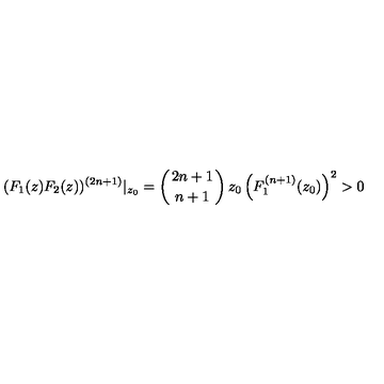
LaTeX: ( F _ { 1 } ( z ) F _ { 2 } ( z ) ) ^ { ( 2 n + 1 ) } | _ { z _ { 0 } } = \left( 2 n + 1 \atop n + 1 \right) z _ { 0 } \left( F _ { 1 } ^ { ( n + 1 ) } ( z _ { 0 } ) \right) ^ { 2 } > 0